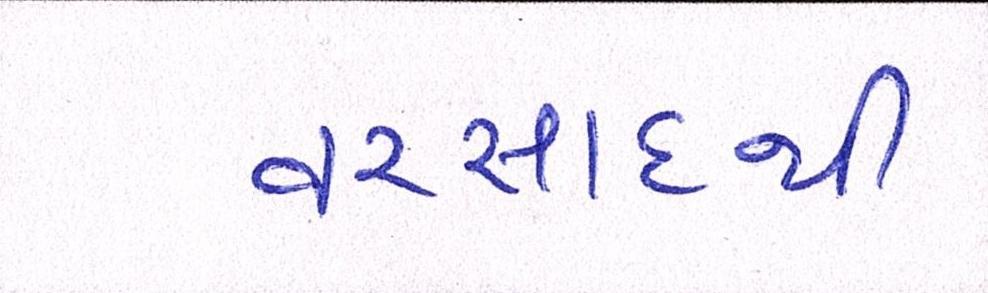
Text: વરસાદથી